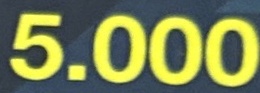
5.000